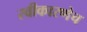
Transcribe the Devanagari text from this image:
स्वीकारणेच